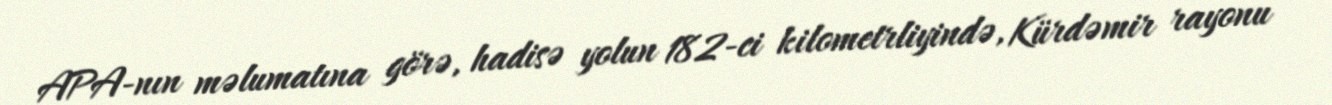
APA-nın məlumatına görə, hadisə yolun 182-ci kilometrliyində, Kürdəmir rayonu